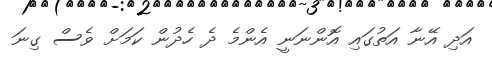
އަދި އޭނާ އަތުގައި އޮންނަނީ އެންމެ ދެ ހެދުން ކަމަށް ވެސް ގިނަ